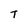
Character: T